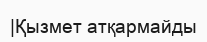
|Қызмет атқармайды